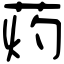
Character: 䓎